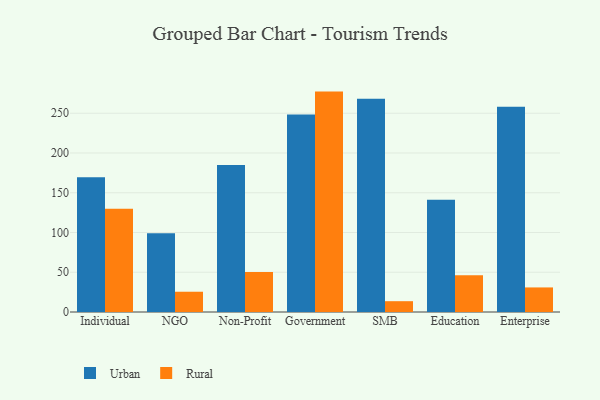
{"axis": {"x": "Segment", "y": "Net Income (USD K)"}, "legend": ["Rural", "Urban"], "data": [{"x": "Individual", "y": 169.4, "type": "Urban"}, {"x": "Individual", "y": 129.8, "type": "Rural"}, {"x": "NGO", "y": 99.0, "type": "Urban"}, {"x": "NGO", "y": 25.5, "type": "Rural"}, {"x": "Non-Profit", "y": 185.0, "type": "Urban"}, {"x": "Non-Profit", "y": 50.2, "type": "Rural"}, {"x": "Government", "y": 248.3, "type": "Urban"}, {"x": "Government", "y": 277.2, "type": "Rural"}, {"x": "SMB", "y": 268.2, "type": "Urban"}, {"x": "SMB", "y": 13.6, "type": "Rural"}, {"x": "Education", "y": 141.3, "type": "Urban"}, {"x": "Education", "y": 46.1, "type": "Rural"}, {"x": "Enterprise", "y": 258.3, "type": "Urban"}, {"x": "Enterprise", "y": 30.9, "type": "Rural"}]}